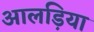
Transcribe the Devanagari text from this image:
आलड़िया